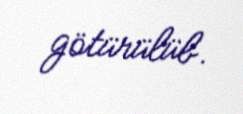
götürülüb.